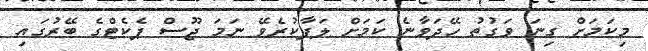
މިކަމަށް ގިނަ ވަގުތު ހޭދަވާނެ ކަމަށް ލަފާކުރެވޭ ނަމަ ޖޫސް ޕެކެޓްގެ ބޭރުގައި